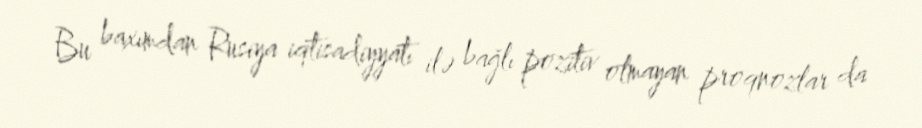
Bu baxımdan Rusiya iqtisadiyyatı ilə bağlı pozitiv olmayan proqnozlar da